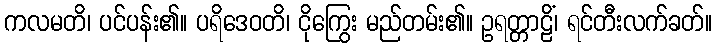
ကလမတိ၊ ပင်ပန်း၏။ ပရိဒေဝတိ၊ ငိုကြွေး မည်တမ်း၏။ ဥရတ္တာဠိံ၊ ရင်တီးလက်ခတ်။